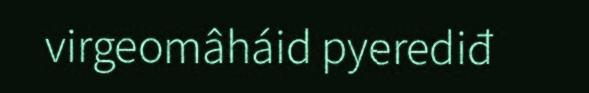
virgeomâháid pyerediđ